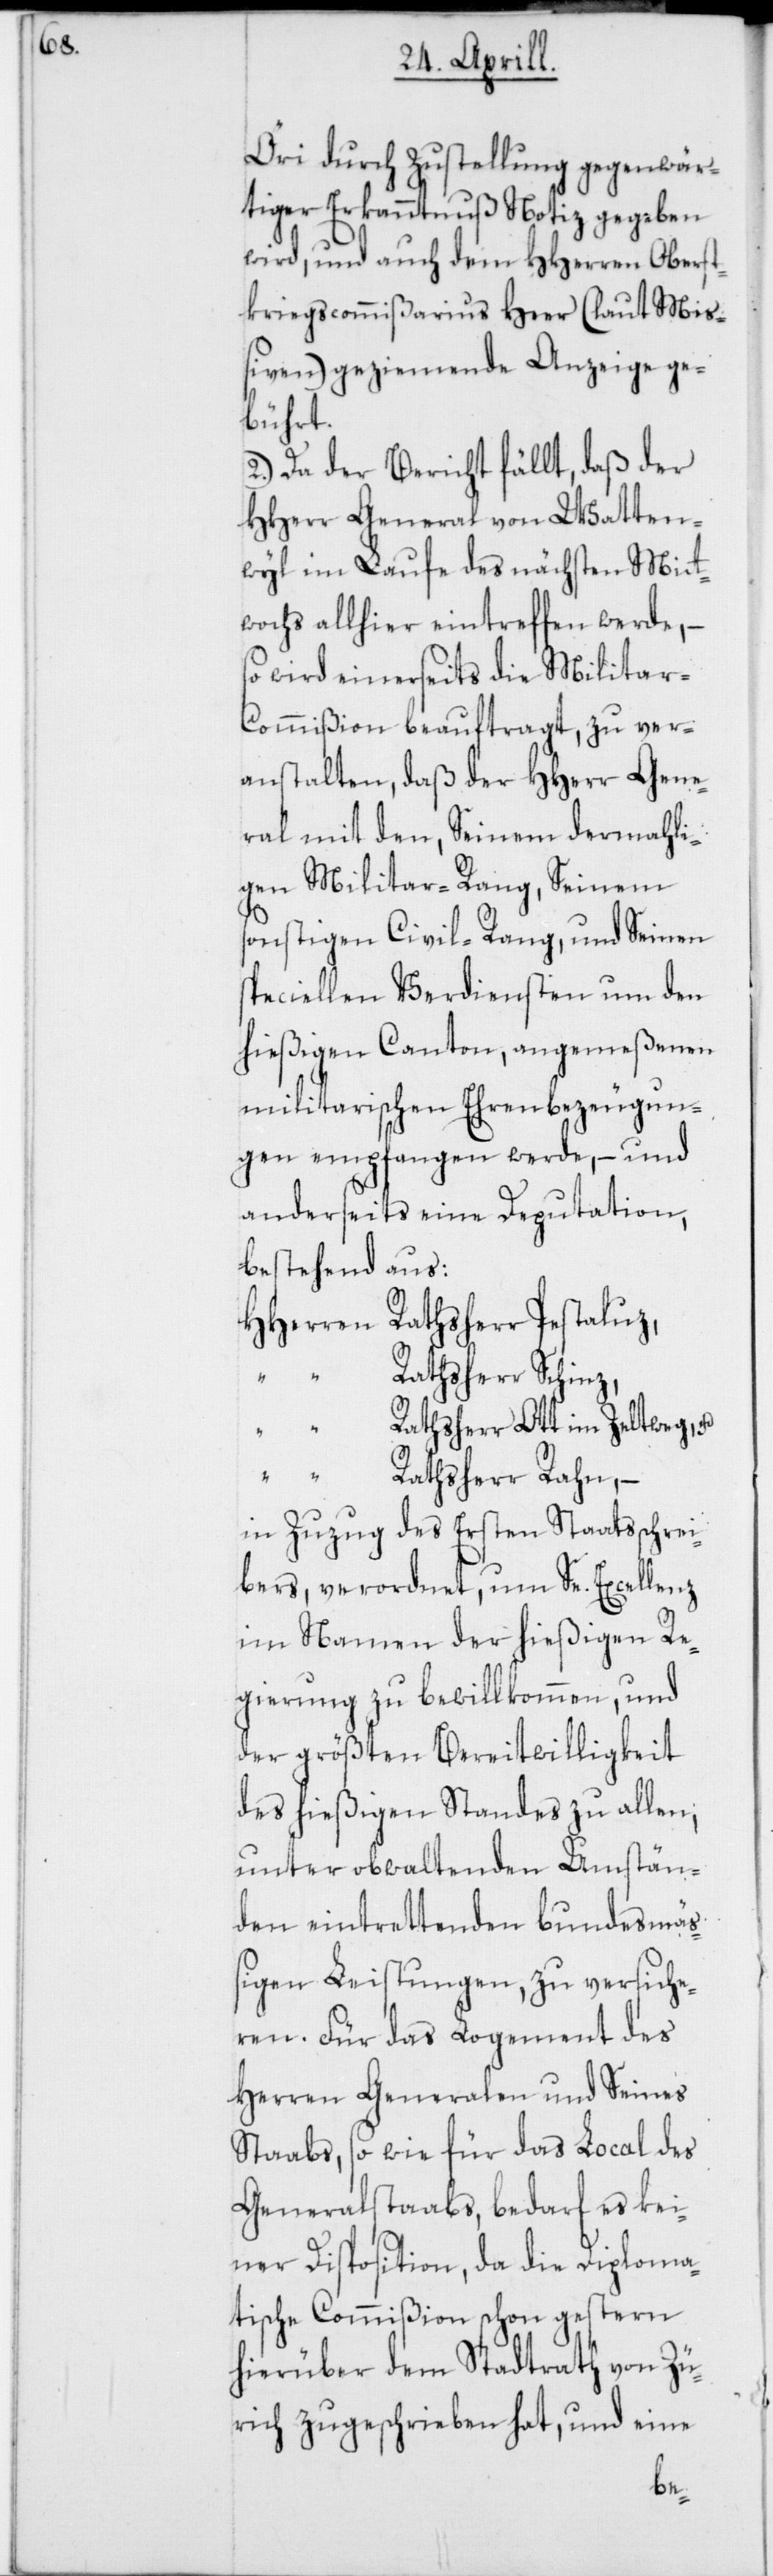
Öri durch Zustellung gegenwär¬
tiger Erkanntnuß Notiz gegeben
wird, und auch dem HHerren Oberst¬
kriegscommißarius Heer (laut Miß¬
iven) geziemende Anzeige ge¬
bührt.
2.) Da der Bericht fällt, daß der
HHerr General von Watten¬
wyl im Laufe des nächsten Mit¬
wochs allhier eintreffen werde, –
so wird einerseits die Milita¬
r-Commißion beauftragt, zu ver¬
anstalten, daß der HHerr Gene¬
ral mit den, Seinem dermahli¬
gen Militairrang, Seinem
sonstigen Civil-Rang, und Seinen
speciellen Verdiensten um den
hießigen Canton, angemeßenen
militairischen Ehrenbezeugun¬
gen empfangen werde, – und
anderseits eine Deputation,
bestehend aus
HHerren Rathsherr Pestaluz,
“ Rathsherr Schinz,
Rathsherr Ott im Zeltweg, u.
“ Rathsherr Rahn, –
in Zuzug des Ersten Staatsschrei¬
bers, verordnet, um Se. Excellenz
im Namen der hießigen Re¬
gierung zu bewillkommen, und
der größten Bereitwilligkeit
des hießigen Standes zu allen,
unter obwaltenden Umstän¬
den eintrettenden bundesmä¬
ßigen Leistungen, zu versiche¬
ren. Für das Logement des
Herren Generalen und Seines
Staabs, sowie für das Local des
Generalstaabs, bedarf es kei¬
ner Disposition, da die Diploma¬
tische Commißion schon gestern
hierüber dem Stadtrath von Zü¬
rich zugeschrieben hat, und eine